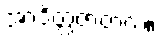
အာဒိတ္ထဇာတက။